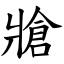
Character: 牄